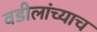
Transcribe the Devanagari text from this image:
वडीलांच्याच